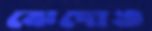
ঝেদোঙ